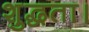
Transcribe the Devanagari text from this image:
शुद्धता।